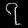
Digit: ၇